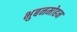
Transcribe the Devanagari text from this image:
भुबनमोहन